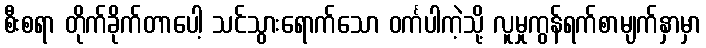
စီးစရာ တိုက်ခိုက်တာပေါ့ သင်သွားရောက်သော ဝင်္ကပါကဲ့သို့ လူမှုကွန်ရက်စာမျက်နှာမှာ